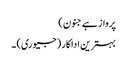
پرواز ہے جنون)
بہترین اداکار (جیوری) ۔